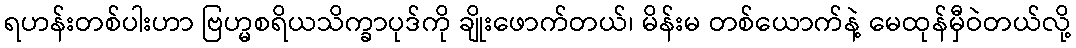
ရဟန်းတစ်ပါးဟာ ဗြဟ္မစရိယသိက္ခာပုဒ်ကို ချိုးဖောက်တယ်၊ မိန်းမ တစ်ယောက်နဲ့ မေထုန်မှီဝဲတယ်လို့